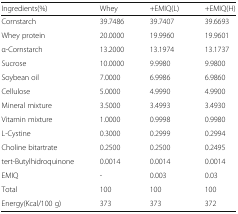
| Ingredients(%) | Whey | +EMIQ(L) | +EMIQ(H) |
 | --- | --- | --- | --- |
 | Cornstarch | 39.7486 | 39.7407 | 39.6693 |
 | Whey protein | 20.0000 | 19.9960 | 19.9601 |
 | α-Cornstarch | 13.2000 | 13.1974 | 13.1737 |
 | Sucrose | 10.0000 | 9.9980 | 9.9800 |
 | Soybean oil | 7.0000 | 6.9986 | 6.9860 |
 | Cellulose | 5.0000 | 4.9990 | 4.9900 |
 | Mineral mixture | 3.5000 | 3.4993 | 3.4930 |
 | Vitamin mixture | 1.0000 | 0.9998 | 0.9980 |
 | L-Cystine | 0.3000 | 0.2999 | 0.2994 |
 | Choline bitartrate | 0.2500 | 0.2500 | 0.2495 |
 | tert-Butylhidroquinone | 0.0014 | 0.0014 | 0.0014 |
 | EMIQ | - | 0.003 | 0.03 |
 | Total | 100 | 100 | 100 |
 | Energy(Kcal/100 g) | 373 | 373 | 372 |